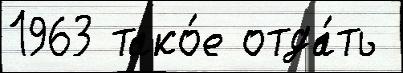
1963 тако́е отда́ть